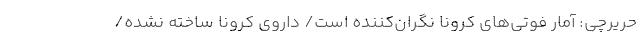
حریرچی: آمار فوتی‌های کرونا نگران‌کننده است/ داروی کرونا ساخته نشده/